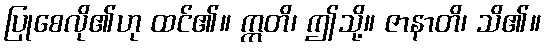
ပြုစေလို၏ဟု ထင်၏။ ဣတိ၊ ဤသို့။ ဇာနာတိ၊ သိ၏။